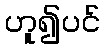
ဟူ၍ပင်